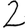
Digit: 2